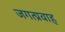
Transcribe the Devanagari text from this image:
जगत्प्रवाह